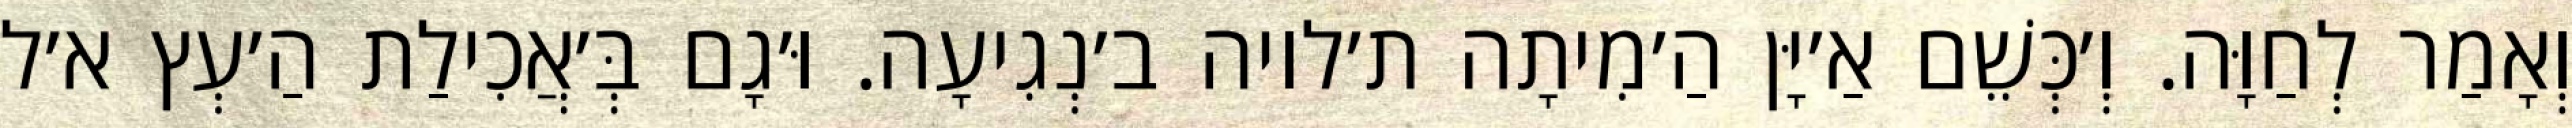
וְאָמַר לְחַוָּה. וְ׳כְּשֵׁם אַ׳יָּן הַ׳מִיתָה ת׳לויה ב׳נְגִיעָה. וּ׳גָם בְּ׳אֲכִילַת הַ׳עְץ א׳ל